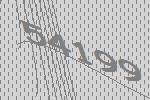
54199